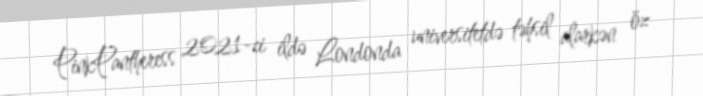
PinkPantheress 2021-ci ildə Londonda universitetdə təhsil alarkən öz